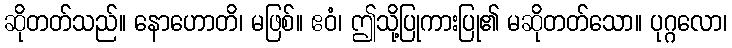
ဆိုတတ်သည်။ နောဟောတိ၊ မဖြစ်။ ဧဝံ၊ ဤသို့ပြုကားပြု၏ မဆိုတတ်သော။ ပုဂ္ဂလော၊